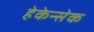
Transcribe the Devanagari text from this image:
हेकेन्सेक